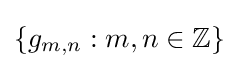
\{g_{m,n}:m,n\in \mathbb {Z} \}